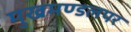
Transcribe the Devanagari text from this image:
मुखमण्डलपर